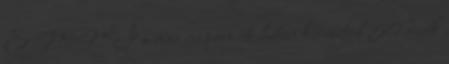
EMMI a mai napon 4 héten keresztül 50 diák